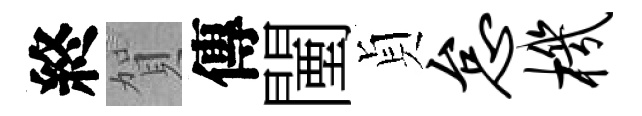
終賀傳闉貞怠机